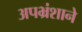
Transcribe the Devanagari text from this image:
अपभ्रंशाने